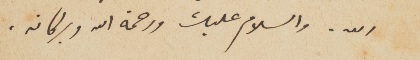
الله. والسلام عليك ورحمة الله وبركاته.